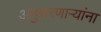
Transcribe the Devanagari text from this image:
अनुसरणाऱ्यांना